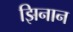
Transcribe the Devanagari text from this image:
झिनान